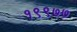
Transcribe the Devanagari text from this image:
१९९७७